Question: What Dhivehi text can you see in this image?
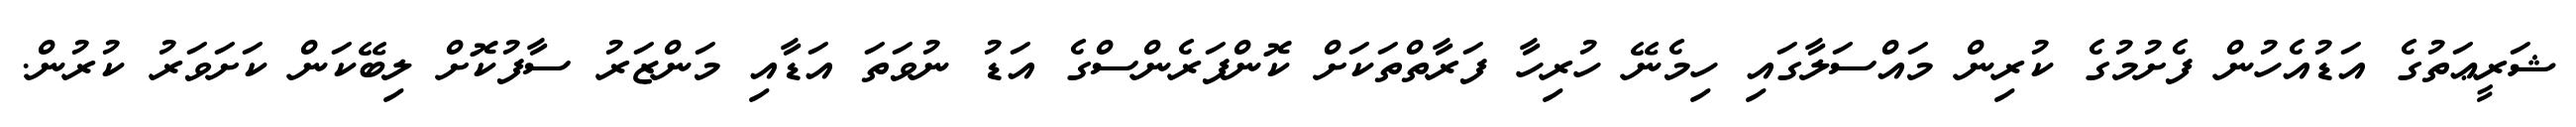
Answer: ޝަރީޢަތުގެ އަޑުއެހުން ފެށުމުގެ ކުރިން މައްސަލާގައި ހިމެނޭ ހުރިހާ ފަރާތްތަކަށް ކޮންފަރެންސްގެ އަޑު ނުވަތަ އަޑާއި މަންޒަރު ސާފުކޮށް ލިބޭކަން ކަށަވަރު ކުރުން.